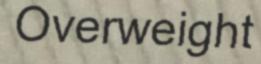
Overweight